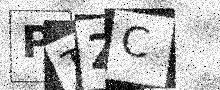
Text: PTZC